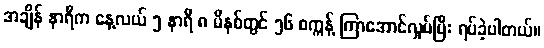
အချိန် နာရီက နေ့လယ် ၅ နာရီ ၈ မိနစ်တွင် ၅၆ စက္ကန့် ကြာအောင်လှုပ်ပြီး ရပ်ခဲ့ပါတယ်။